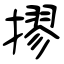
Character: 摎